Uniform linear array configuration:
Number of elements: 8
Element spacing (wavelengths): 0.75
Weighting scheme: hann
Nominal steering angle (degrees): -60
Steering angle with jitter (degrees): -60.236
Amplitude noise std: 0.05
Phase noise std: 0.05

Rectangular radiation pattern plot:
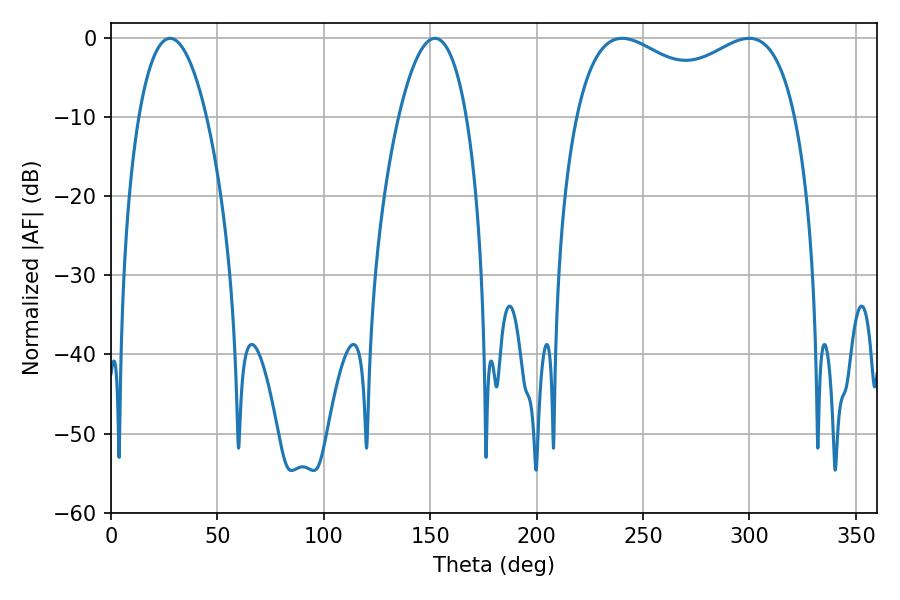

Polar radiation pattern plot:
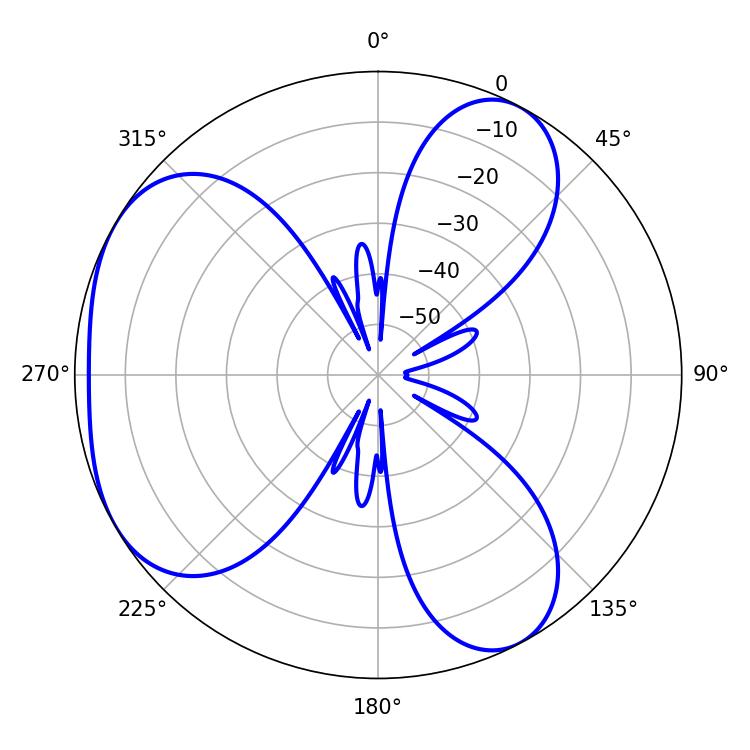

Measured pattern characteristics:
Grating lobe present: TRUE
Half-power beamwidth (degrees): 17.82
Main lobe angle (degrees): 27.72